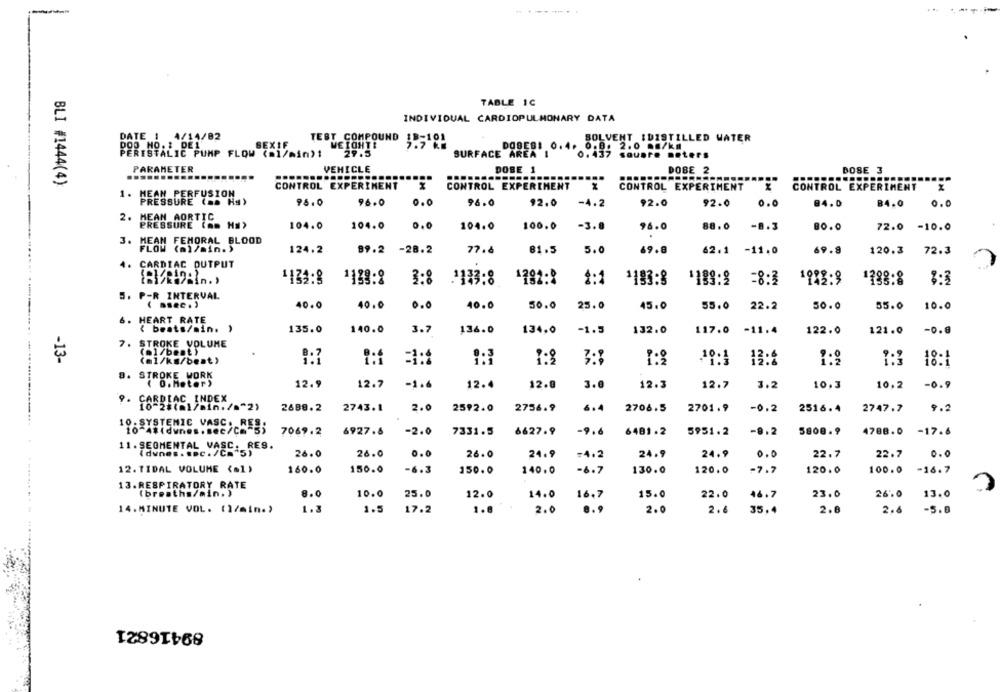
TABLE 1C
INDIVIDUAL CARDIOPULMONARY DATA
DATE 1 4/14/82
TEST COMPOUND
SOLVENT :DISTILLED WATER
DOO NO. : DE1
WEIGHTE
3.5101
DOBE81 0.4. 0.8. 2.0 .. /km
0. 437
PERESTALIC PUMP FLOW (ml/min)1
29.5
SURFACE AREA
square meters
PARAMETER
VEHICLE
DOSE 1
DOBE 2
DOSE 3
..
BLI #1444(4)
CONTROL EXPERIMENT
CONTROL EXPERIMENT
CONTROL EXPERIMENT
CONTROL EXP
EXPERIMENT
1.
MEAN PERFUSION
PRESSURE (as Hs)
0.0
96.0
96.0
96.0
92.0
-4.2
92.0
92.0
0.0
84.0
B4.0
0.0
MEAN AORTIC
2.
PRESSURE (am Ha)
104.0
104.0
0.0
104.0
100.0
-3.0
96.0
88.0
80.0
72.0 -10.0
3. MEAN FEMORAL BLOOD
.
FLOW (mi/min.)
124.2
89.2 -28.2
77. &
81.5
5.0
69.8
69.8
120.3
62.1 -11.0
72.3
4. CARDIAC OUTPUT
2.0
1134:8
1129-8
3:8
133:8
1782:8
2:1
1193:8
1189:9
=8:3
1993.9
1788:8
8:3
5. P-R INTERVAL
( ... e.)
40.0
40.0
0.0
40.0
45.0
50.0
55.0
10.0
50.0
25.0
55.0
22.2
6. HEART RATE
( beats/min. )
135.0
140.0
3.7
136.0
134,0
-1.3
132.0
117.0
-11.4
122.0
121.0
-0.8
7. STROKE VOLUME
(.1/best)
-13-
(al/ks/best)
1:2
3:3
10:1
1:9
1:3
18:
D. STROKE WORK
( 0. Meter)
12.9
12.7
-1.4
12.4
12.0
3.0
12.3
12.7
3.2
10.3
10,2
-0.9
ARDIAC INDEX
2689.2
2743.1
2.0
2592.0
2756.9
6.4
2706.5
2701.9
-0.2
2516.4
2747.7
9.2
10 - SYSTEMIC VASC. RES
7069.2
6927.6
-2.0
7331.5
6627.9
-9.6
6481.2
5951.2
-9.2
5808.9
4788.0
-17.6
11. SEGMENTAL VASC. RES.
(dunes . "pc . /Cm"5)
26.0
26.0
0.0
26.0
24.9
=4.2
24.9
24.9
0 .0
22.7
22.7
0.0
12. TIDAL VOLUME (*1)
160.0
150.0
-6.3
150.0
140.0
-6.7
130.0
120.0
-7.7
120.0
100.0
-16.7
.... ................... ..-...
13.RESPIRATORY RATE
(breaths/min.)
8.0
10.0
25.0
12.0
14.0
16.7
15.0
22.0
46.7
23.0
26.0
13.0
14.MINUTE VOL. (1/min.)
1.3
1.5
17.2
1.8
2.0
.. 9
2.0
2.6
35.4
2.8
2.6
-5.0
89416821